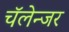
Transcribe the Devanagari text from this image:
चॅलेन्जर